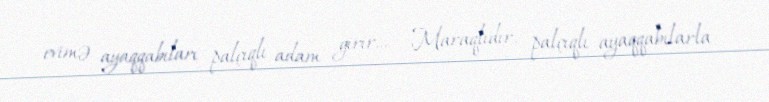
evimə ayaqqabıları palçıqlı adam girir... – Maraqlıdır, palçıqlı ayaqqabılarla